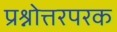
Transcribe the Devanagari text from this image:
प्रश्नोत्तरपरक